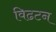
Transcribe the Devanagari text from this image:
विढटन